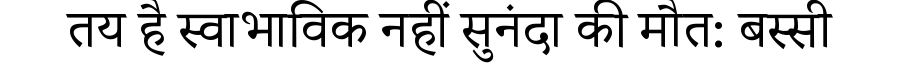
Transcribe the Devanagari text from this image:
तय है स्वाभाविक नहीं सुनंदा की मौत: बस्सी